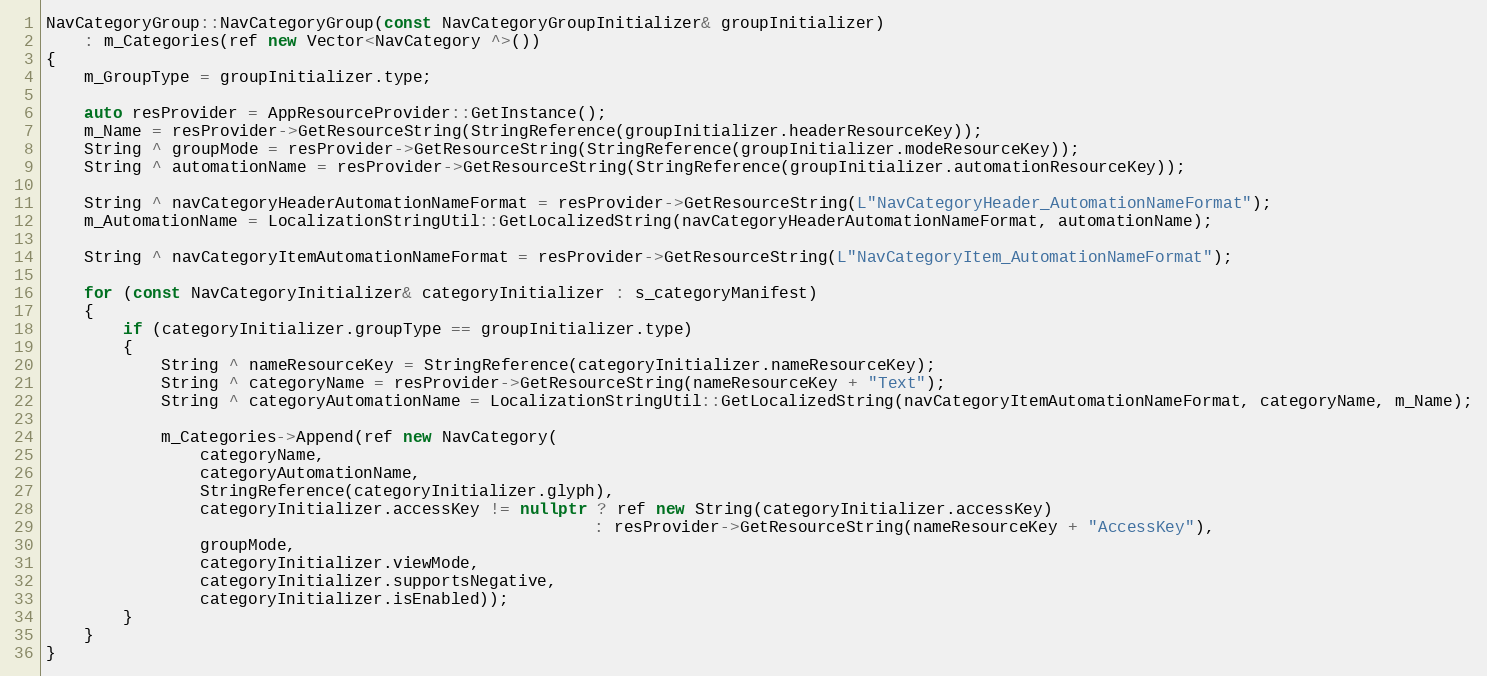
Language: C++
NavCategoryGroup::NavCategoryGroup(const NavCategoryGroupInitializer& groupInitializer)
    : m_Categories(ref new Vector<NavCategory ^>())
{
    m_GroupType = groupInitializer.type;

    auto resProvider = AppResourceProvider::GetInstance();
    m_Name = resProvider->GetResourceString(StringReference(groupInitializer.headerResourceKey));
    String ^ groupMode = resProvider->GetResourceString(StringReference(groupInitializer.modeResourceKey));
    String ^ automationName = resProvider->GetResourceString(StringReference(groupInitializer.automationResourceKey));

    String ^ navCategoryHeaderAutomationNameFormat = resProvider->GetResourceString(L"NavCategoryHeader_AutomationNameFormat");
    m_AutomationName = LocalizationStringUtil::GetLocalizedString(navCategoryHeaderAutomationNameFormat, automationName);

    String ^ navCategoryItemAutomationNameFormat = resProvider->GetResourceString(L"NavCategoryItem_AutomationNameFormat");

    for (const NavCategoryInitializer& categoryInitializer : s_categoryManifest)
    {
        if (categoryInitializer.groupType == groupInitializer.type)
        {
            String ^ nameResourceKey = StringReference(categoryInitializer.nameResourceKey);
            String ^ categoryName = resProvider->GetResourceString(nameResourceKey + "Text");
            String ^ categoryAutomationName = LocalizationStringUtil::GetLocalizedString(navCategoryItemAutomationNameFormat, categoryName, m_Name);

            m_Categories->Append(ref new NavCategory(
                categoryName,
                categoryAutomationName,
                StringReference(categoryInitializer.glyph),
                categoryInitializer.accessKey != nullptr ? ref new String(categoryInitializer.accessKey)
                                                         : resProvider->GetResourceString(nameResourceKey + "AccessKey"),
                groupMode,
                categoryInitializer.viewMode,
                categoryInitializer.supportsNegative,
                categoryInitializer.isEnabled));
        }
    }
}